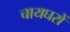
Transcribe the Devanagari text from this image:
चायघरों